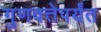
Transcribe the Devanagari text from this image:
गुणवत्तेपर्यंत